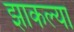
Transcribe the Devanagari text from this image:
झाकल्या